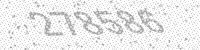
Solution: 278586